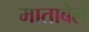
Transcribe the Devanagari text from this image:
माताबेले